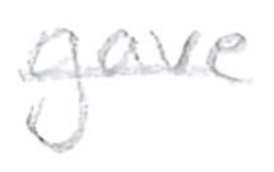
Text: gave
Cross-out: single-line
Writing tool: pencil